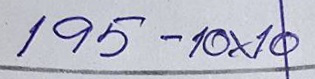
195 - 10x10